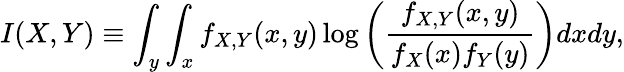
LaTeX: I(X,Y)\equiv\int_{y}\int_{x}f_{X,Y}(x,y)\log\left(\frac{f_{X,Y}(x,y)}{f_{X}(x)f_{Y}(y)}\right)dxdy,